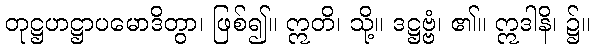
တုဋ္ဌဟဋ္ဌာပမောဒိတွာ၊ ဖြစ်၍။ ဣတိ၊ သို့။ ဒဋ္ဌဗ္ဗံ၊ ၏။ ဣဒါနိ၊ ၌။